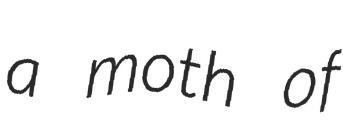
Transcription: a moth of